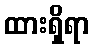
ထားရှိရာ